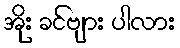
အိုး ခင်ဗျား ပါလား